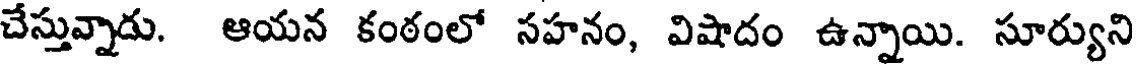
చేస్తువ్నాడు. ఆయన కంఠంలో సహనం, విషాదం ఉన్నాయి. సూర్యుని